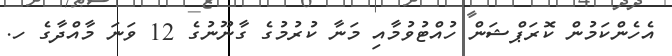
އެހެންކަމުން ކޮރަޕްޝަން ހުއްޓުވުމާއި މަނާ ކުރުމުގެ ގާނޫނުގެ 12 ވަނަ މާއްދާގެ ހ.